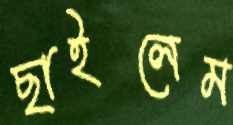
ছাইলেম